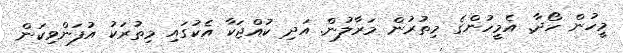
މީހުން ހޯދާ